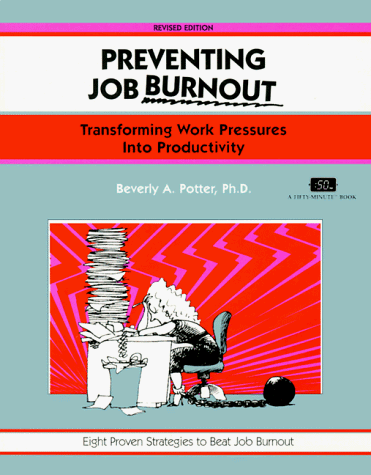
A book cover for Preventing Job Burnout, Revised Edition: Transforming Work Pressures into Productivity (Fifty-Minute Series); Beverly A. Potter; Business & Money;